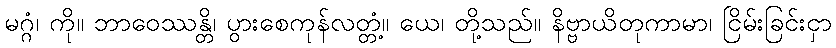
မဂ္ဂံ၊ ကို။ ဘာဝေဿန္တိ၊ ပွားစေကုန်လတ္တံ့။ ယေ၊ တို့သည်။ နိဗ္ဗာယိတုကာမာ၊ ငြိမ်းခြင်းငှာ